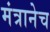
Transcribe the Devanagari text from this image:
मंत्रानेच